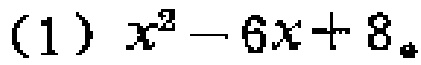
(1) \(x^{2}-6x + 8\)